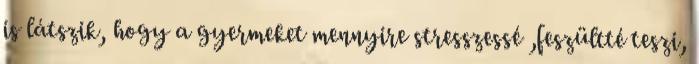
is látszik, hogy a gyermeket mennyire stresszessé ,feszültté teszi,